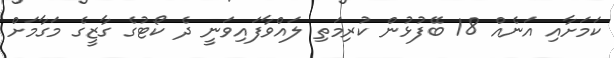
ކަމަށާއި އަނެއް 18 ބޭފުޅުން ކުރިމަތި ލައްވާފައިވަނީ ދެ ކޯޓުގެ ގާޒީގެ މަގާމަށް